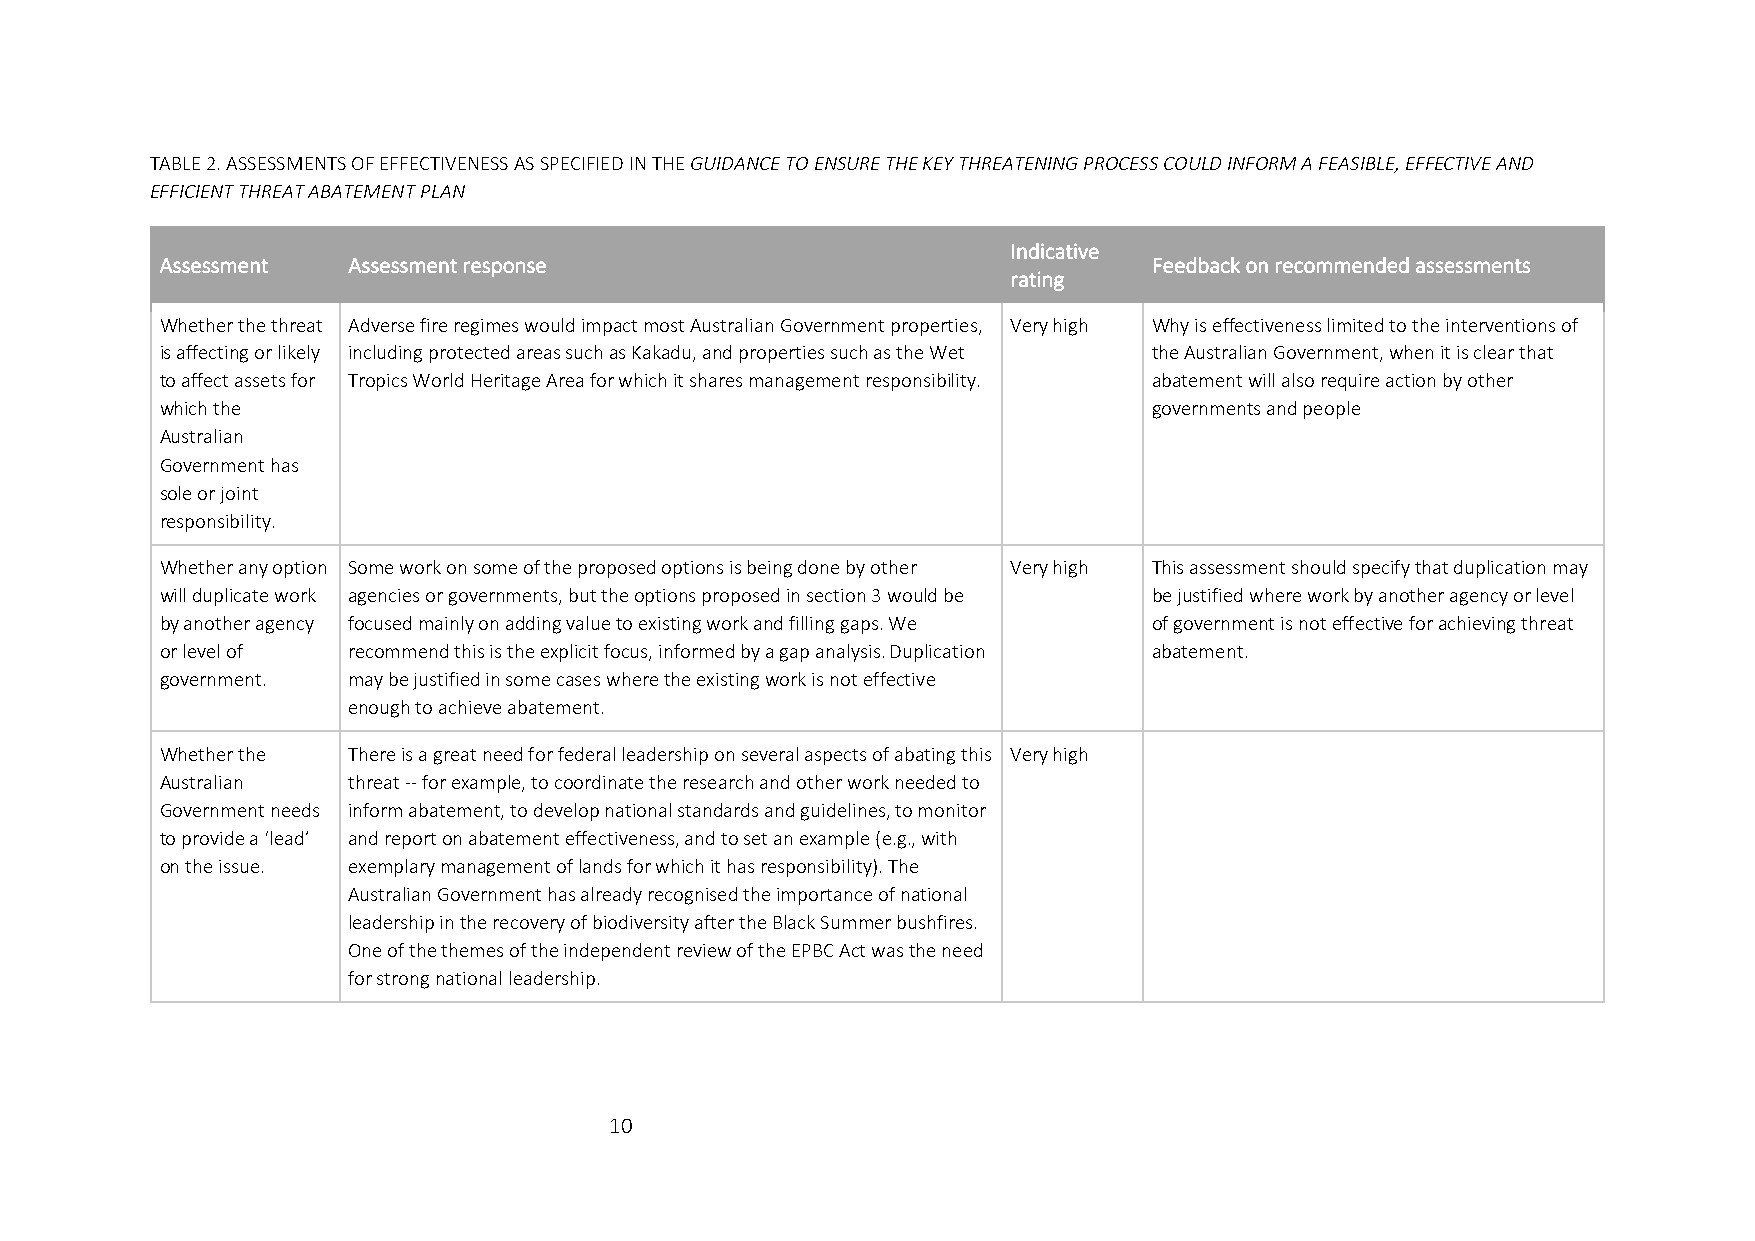
TABLE 2. ASSESSMENTS OF EFFECTIVENESS AS SPECIFIED IN THE GUIDANCE TO ENSURE THE KEY THREATENING PROCESS COULD INFORM A FEASIBLE, EFFECTIVE AND
 EFFICIENT THREAT ABATEMENT PLAN
 Indicative
 Assessment  Assessment response                                  Feedback on recommended assessments
 rating
 Whether the threat Adverse fire regimes would impact most Australian Government properties, Very high Why is effectiveness limited to the interventions of
 is affecting or likely including protected areas such as Kakadu, and properties such as the Wet the Australian Government, when it is clear that
 to affect assets for Tropics World Heritage Area for which it shares management responsibility. abatement will also require action by other
 which the                                                        governments and people
 Australian
 Government has
 sole or joint
 responsibility.
 Whether any option Some work on some of the proposed options is being done by other Very high This assessment should specify that duplication may
 will duplicate work agencies or governments, but the options proposed in section 3 would be be justified where work by another agency or level
 by another agency focused mainly on adding value to existing work and filling gaps. We of government is not effective for achieving threat
 or level of recommend this is the explicit focus, informed by a gap analysis. Duplication abatement.
 government. may be justified in some cases where the existing work is not effective
 enough to achieve abatement.
 Whether the There is a great need for federal leadership on several aspects of abating this Very high
 Australian  threat -- for example, to coordinate the research and other work needed to
 Government needs inform abatement, to develop national standards and guidelines, to monitor
 to provide a ‘lead’ and report on abatement effectiveness, and to set an example (e.g., with
 on the issue. exemplary management of lands for which it has responsibility). The
 Australian Government has already recognised the importance of national
 leadership in the recovery of biodiversity after the Black Summer bushfires.
 One of the themes of the independent review of the EPBC Act was the need
 for strong national leadership.
 10